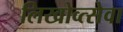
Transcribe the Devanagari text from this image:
लिखोव्त्सेवा